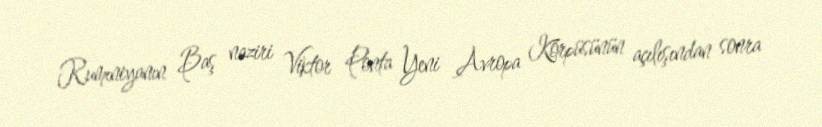
Rumıniyanın Baş naziri Viktor Ponta Yeni Avropa Körpüsünün açılışından sonra